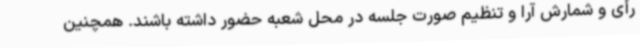
رأی و شمارش آرا و تنظیم صورت جلسه در محل شعبه حضور داشته باشند. همچنین